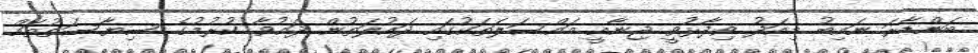
ބަންޑާރަ ނައިބު މިއަދު ވިދާޅުވީ ޖިނާއީ މައްސަލަތަކުގައި ދައުލަތުން ދައުވާ ކުރުމުގެ ސިޔާސަތުތައް